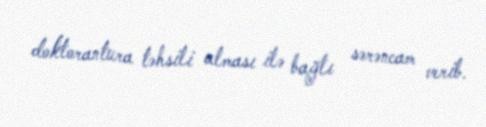
doktorantura təhsili alması ilə bağlı sərəncam verib.